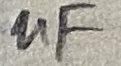
Text: uF